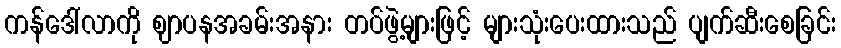
ကန်ဒေါ်လာကို ဈာပနအခမ်းအနား တပ်ဖွဲ့များဖြင့် များသုံးပေးထားသည် ပျက်ဆီးစေခြင်း